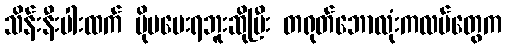
သိန်းနီးပါးထက် ပိုမပေးရဘူးဆိုပြီး တရုတ်ဘောလုံးကလပ်တွေက